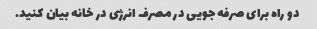
دو راه برای صرفه جویی در مصرف انرژی در خانه بیان کنید.